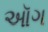
ઑગ